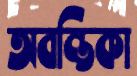
অবন্তিকা